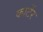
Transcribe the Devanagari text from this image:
कार्टेर